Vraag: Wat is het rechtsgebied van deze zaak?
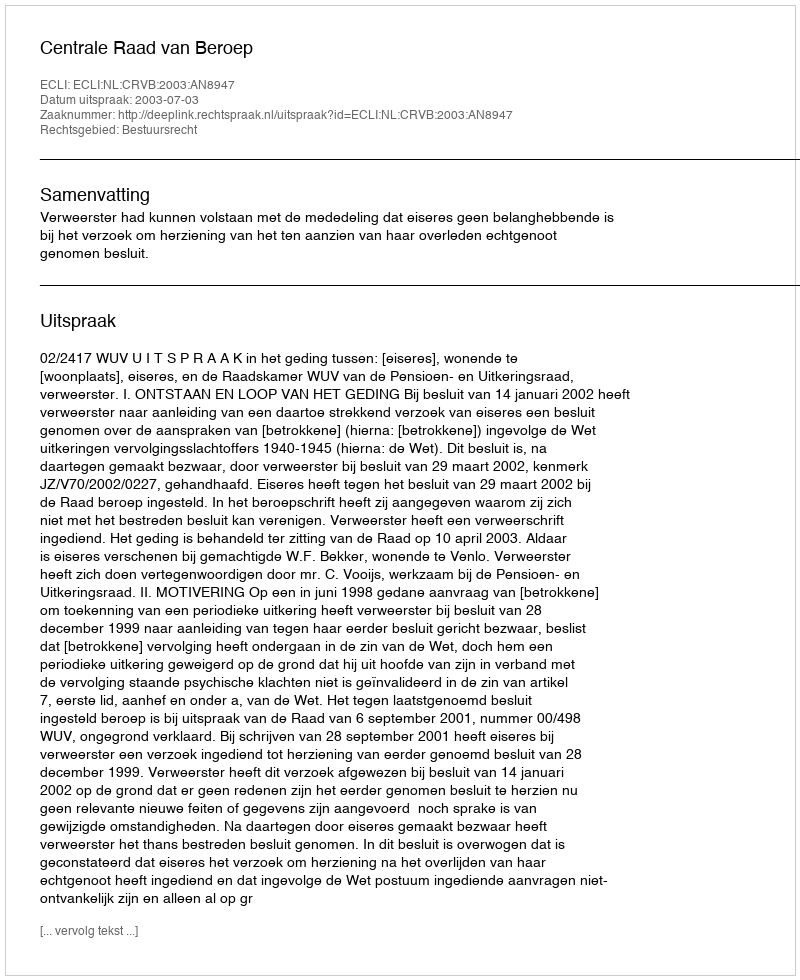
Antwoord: Bestuursrecht